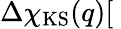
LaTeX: \Delta\chi_{\mathrm{KS}}(q)[\